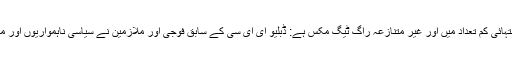
مزاحمت متنازع لوگوں میں ایک انتہائی کم تعداد میں اور غیر متنازعہ راگ ٹیگ مکس ہے: ڈبلیو ای ای سی کے سابق فوجی اور ملازمین نے سیاسی ناہمواریوں اور مجرموں کے ساتھ کہنیوں کو رگڑا۔